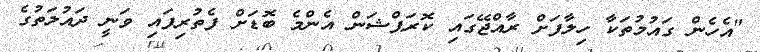
"އެހެން ގައުމުތަކާ ހިލާފަށް ރާއްޖޭގައި ކޮރަޕްޝަން އެންމެ ބޮޑަށް ފެތުރިފައި ވަނީ ދައުލަތުގެ